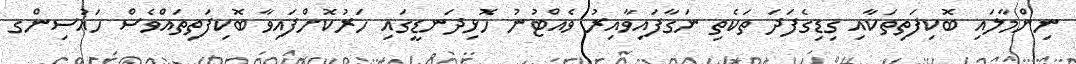
ނިންމާލައި ބޮކިފަތިތަކާއި ގިޑިގެފަދަ ތަކެތި ނަގާފައިވާއިރު ވެއްޓުނު ހޮޅިދަނޑީގައި ހަރުކޮށްފައިވާ ބޮކިފަތިތައްވެސް ހައުސިންގ